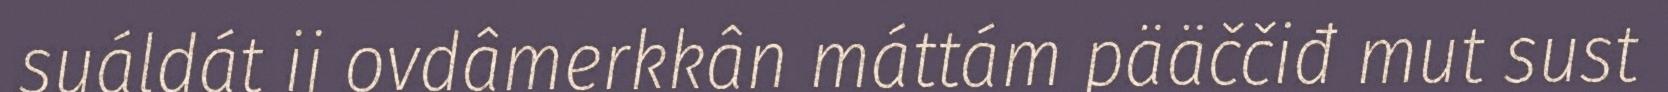
suáldát ij ovdâmerkkân máttám pääččiđ mut sust